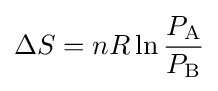
\Delta S=nR\ln {\frac {P_{\text{A}}}{P_{\text{B}}}}